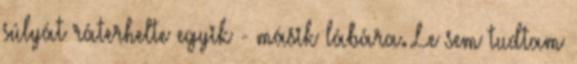
súlyát ráterhelte egyik - másik lábára. Le sem tudtam